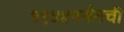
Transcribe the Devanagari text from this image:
१९४४पर्यंतची